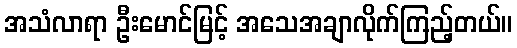
အသံလာရာ ဦးမောင်မြင့် အသေအချာလိုက်ကြည့်တယ်။